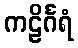
ကဠိင်္ဂရံ